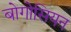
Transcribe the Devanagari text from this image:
बोगोसियन